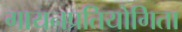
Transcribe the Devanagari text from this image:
गायनप्रतियोगिता